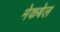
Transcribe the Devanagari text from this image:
मेकबेल